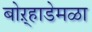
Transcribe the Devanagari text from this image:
बोऱ्हाडेमळा